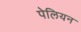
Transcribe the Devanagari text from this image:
पेलियन